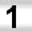
Digit: 1